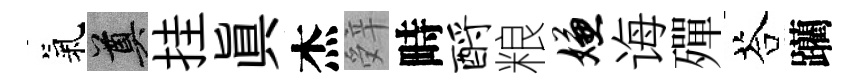
氣奠挂眞杰辤畤酹粮嫌诲殫荅躪